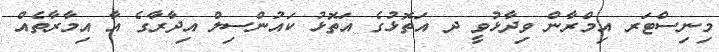
މިނިސްޓަރ އިމްރާން ވިދާޅުވީ ދ އަތޮޅުގެ އަތޮޅު ކައުންސިލް އިދާރާގެ އާ އިމާރާތެއް